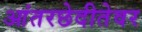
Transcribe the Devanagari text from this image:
आंतरछेदीतेवर